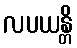
လပယန္တိ